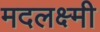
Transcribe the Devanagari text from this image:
मदलक्ष्मी